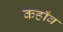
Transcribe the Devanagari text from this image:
कहाँव